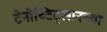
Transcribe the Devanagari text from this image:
टेनोच्टिट्लानच्या